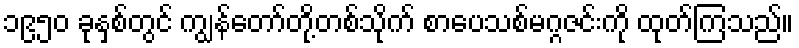
၁၉၅၀ ခုနှစ်တွင် ကျွန်တော်တို့တစ်သိုက် စာပေသစ်မဂ္ဂဇင်းကို ထုတ်ကြသည်။